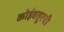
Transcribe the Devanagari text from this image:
कोइंबतूरची